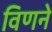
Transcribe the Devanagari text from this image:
विणने